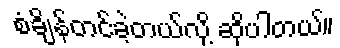
စံချိန်တင်ခဲ့တယ်လို့ ဆိုပါတယ်။